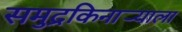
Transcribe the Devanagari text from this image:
समुद्रकिनार्‍याला